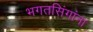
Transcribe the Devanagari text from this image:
भगतसिंगांना